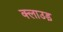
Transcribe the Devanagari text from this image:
क्लाउड़